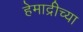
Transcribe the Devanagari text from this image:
हेमाद्रीच्या